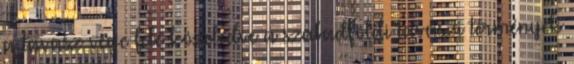
a tavasz vége felé közeledve a szabadföldi tavaszi termények